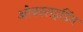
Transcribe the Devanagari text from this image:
ओवरराइडिंग